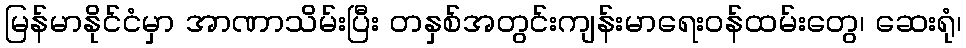
မြန်မာနိုင်ငံမှာ အာဏာသိမ်းပြီး တနှစ်အတွင်းကျန်းမာရေးဝန်ထမ်းတွေ၊ ဆေးရုံ၊